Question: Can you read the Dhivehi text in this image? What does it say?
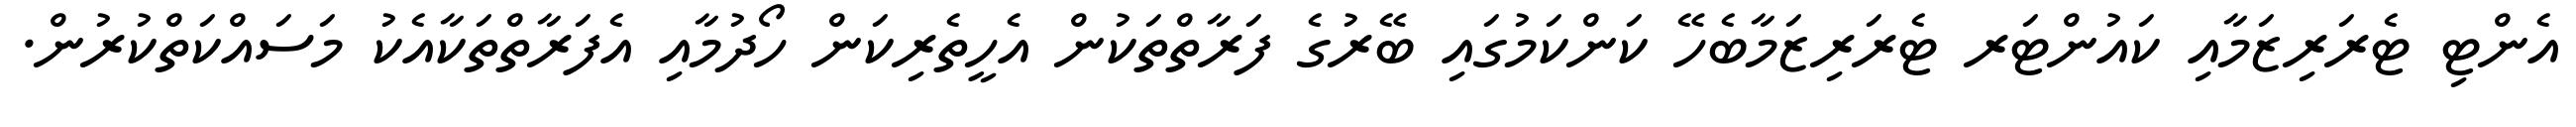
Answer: އެންޓި ޓެރަރިޒަމާއި ކައުންޓަރ ޓެރަރިޒަމާބެހޭ ކަންކަމުގައި ބޭރުގެ ފަރާތްތަކުން އެހީތެރިކަން ހޯދުމާއި އެފަރާތްތަކާއެކު މަސައްކަތްކުރުން.